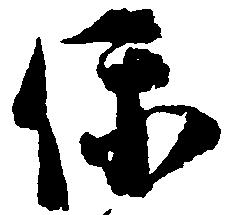
保